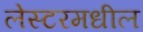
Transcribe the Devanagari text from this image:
लेस्टरमधील